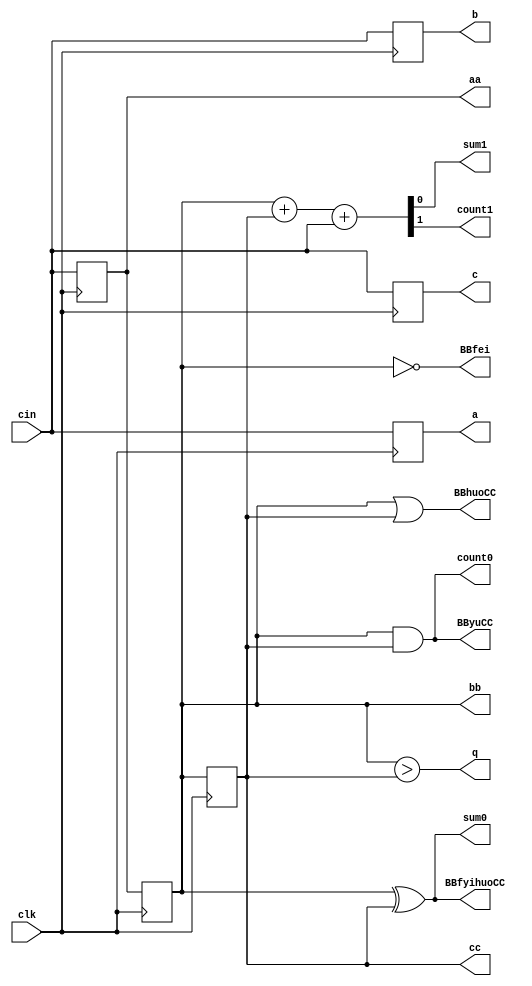
module Verilog_basic_module_test
(
	input cin,
	input clk,
	output reg a,b,c,aa,bb,cc,
	output wire BByuCC,BBhuoCC,BBfei,BBfyihuoCC,q,
	output wire sum0,count0,sum1,count1
);

//=<=
always @(posedge clk) 
	begin
		a = cin;
		b = a;
		c = b;
		
		aa <= cin;
		bb <= aa;
		cc <= bb;
	end

//
	assign BByuCC	= bb&cc;
	assign BBhuoCC = bb|cc;
	assign BBfei = ~bb;
	assign BBfyihuoCC = bb^cc;
	
	assign q=bb>cc;

//(sum0count0sum1count1
	assign sum0 = bb^cc;
	assign count0 = bb&cc;
	
	assign {count1,sum1} = bb+cc+cin;


endmodule